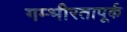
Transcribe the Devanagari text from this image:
गम्भीरतापूर्क